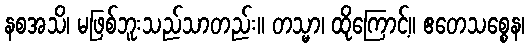
နစအသိ၊ မဖြစ်ဘူးသည်သာတည်း။ တသ္မာ၊ ထိုကြောင့်။ ဧတေသစ္စေန၊